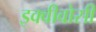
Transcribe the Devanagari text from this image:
इक्वीवोसी